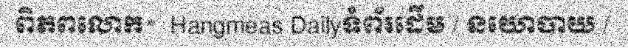
ពិភពលោក»  Hangmeas Dailyទំព័រដើម / នយោបាយ /